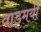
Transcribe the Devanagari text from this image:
वाड्मयी